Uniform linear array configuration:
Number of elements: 64
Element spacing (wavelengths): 0.5
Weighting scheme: hamming
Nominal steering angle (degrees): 45
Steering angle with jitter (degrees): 44.453
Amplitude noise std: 0.05
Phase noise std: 0.05

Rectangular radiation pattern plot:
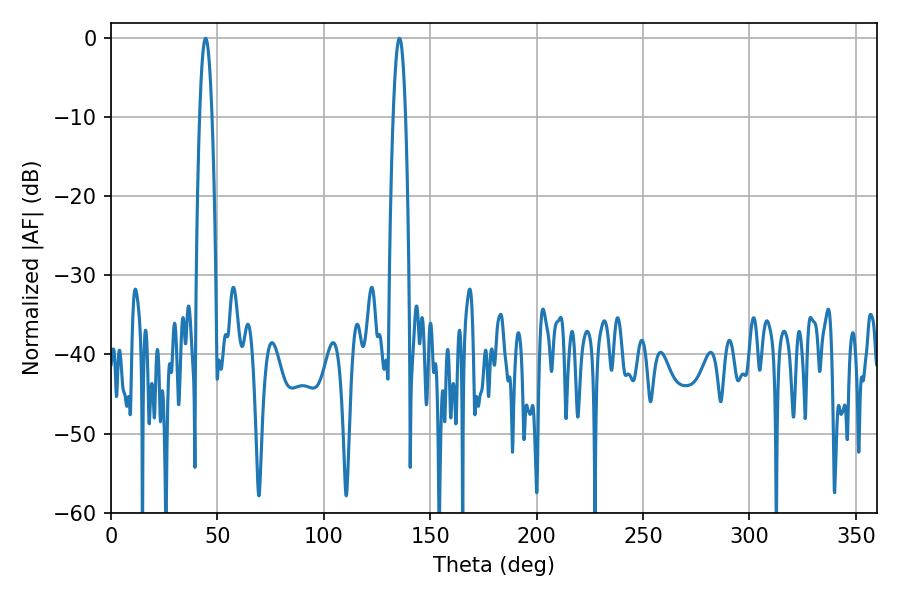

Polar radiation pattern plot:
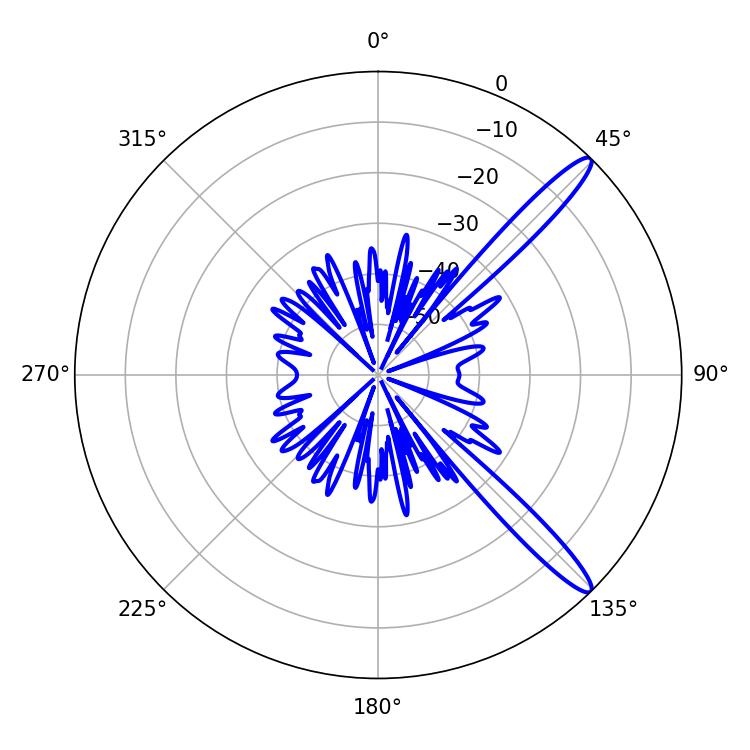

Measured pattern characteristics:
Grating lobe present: FALSE
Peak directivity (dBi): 13.703
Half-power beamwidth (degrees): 3.24
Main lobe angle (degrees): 44.46